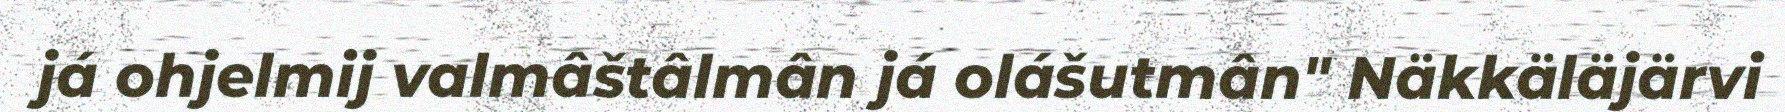
já ohjelmij valmâštâlmân já olášutmân" Näkkäläjärvi